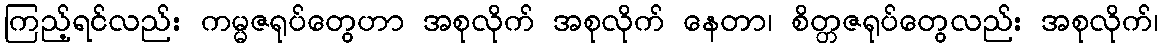
ကြည့်ရင်လည်း ကမ္မဇရုပ်တွေဟာ အစုလိုက် အစုလိုက် နေတာ၊ စိတ္တဇရုပ်တွေလည်း အစုလိုက်၊